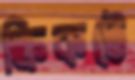
ক্রিকটে